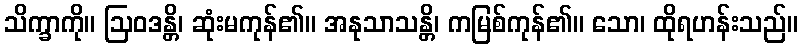
သိက္ခာကို။ ဩဝဒန္တိ၊ ဆုံးမကုန်၏။ အနုသာသန္တိ၊ ကမြစ်ကုန်၏။ သော၊ ထိုရဟန်းသည်။